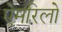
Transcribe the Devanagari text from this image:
ऐमरिलो